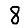
Digit: 8